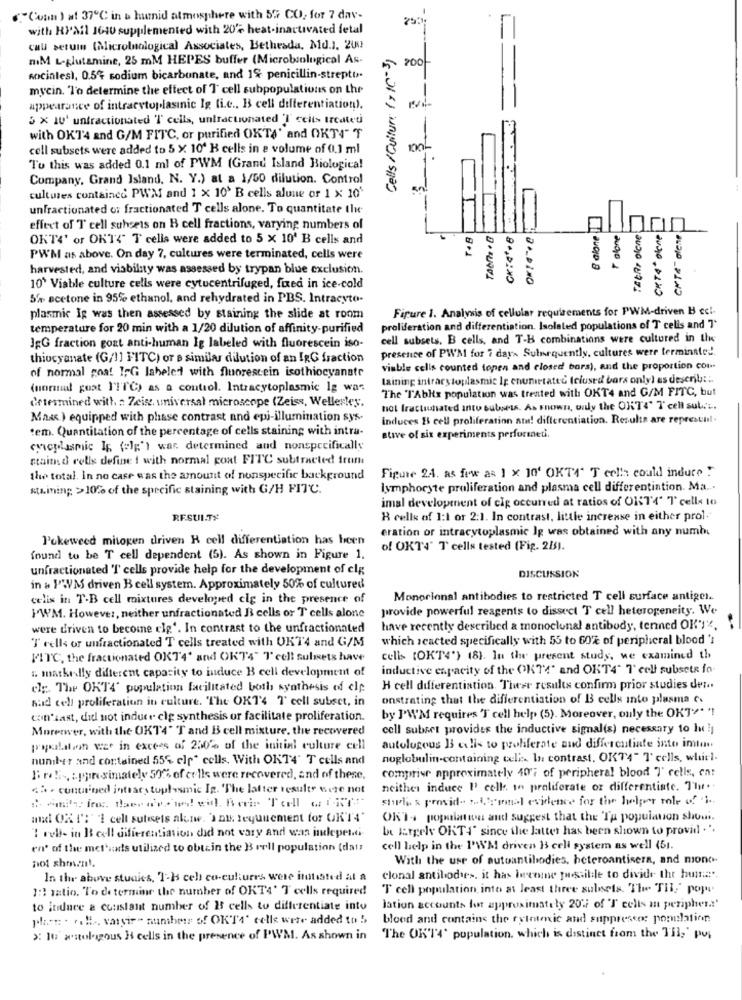
"Conn ) at 37℃ in b humid atmosphere with 59 CO, for 7 dav-
253
with RI'ail 1640 supplemented with 20's heat-inactivated fetal
cali serum (Microlnological Associates, Bethesda, Md.1. 200
Cells/ Culture ( > 10-3)
miM L-glutamine, 25 mM HEPES buffer (Microbiological As-
200
sociales), 0.5% sodium bicarbonate, and 1% penicillin-streptt>.
mycin. 'I'o determine the effect of T' cell subpopulations on the
appearance of intracytoplasinic Ig (i.e ., I cell differentiation).
5 x 10' unfractionated T cells, untractionated 'I' ceits treated
3.
with OKT'4 and G/M FITC, or purified OKTA' and OKT4" T
cell subsets were added to 5 X 10' B cells in a volume of 0.1 ml
To this was added 0.1 ml of PWM (Grand Island Biologica!
Company, Grand Island, N. Y.) at a 1/50 dilution. Control
cultures contained PWM and 1 x 10' B cells alune or 1 x 10'
unfractionated or fractionated T cells alone. To quantitate the
effect of T cell subsets on B cell fractions, varying numbers of
T+B
F alone
CHTA' ofere
OKT4' or OKT4" T cells were added to 5 x 10' B cells and
PW'M as above. On day 7, cultures were terminated, cells were
harvested, and viability was assessed by trypan blue exclusion.
8º,0:00
10` Viable culture cells were cytucentrifuged, fixed in ice-cold
5% acetone in 95% ethanol, and rehydrated in PBS. Intracyto-
Figure 1. Analysis of cellular requirements for PWM-driven B cc !-
plasmic Ig was then assessed by staining the slide at room
temperature for 20 min with a 1/20 dilution of affinity-purified
proliferation and differentiation. Isolated populations of T cells and 7'
cell subsets. B cells, and T-B combinations were cultured in the
JEG fraction gost anti-human Ig labeled with fluorescein iso-
presence of PWM for i days Sulnrquently, cultures were terminated'.
thiocyanate (G/I] FITC) or a similar dilution of an IgG fraction
viable cells counted topen and closed bors), and the proportion cot ..
of normal poa! I, G labeled with fluorescein isothiocyanate
taining intracytoplasmic Ip enumeratec (closed bars only) as describ: ..
(normal gust I'TTC) as a control. Intracytoplasmic lg was
The TAblis population was treated with OKT4 and G/M FITC, but
detesmined with : Zeis. universal microscope (Zeiss, Wellesley.
not fractionated into subsets. As snown, only the OKT4" T cell subst.
Max ) equipped with phase contrast and epi-illumination sys.
induces B cell proliferation at! differentiation. Results are represtinil.
tem. Quantitation of the percentage of cells staining with intra-
stive of six experiments performedi.
cycplasmic If (elg') war determined and nonspecifically
staind cells define ! with normal goat FITC subtracted from
the total. In ne case was the amount of nonspecific background
Figure 24. as few as 1 x 10' OKT4" T celia could indure :
staining; >10% of the specific staining with G/H FITC.
lymphocyte proliferation and plasma cell differentiation. Ma ...
imal development of cip occurred at ratios of OKT'4' T cells to
RESULTS
B cells of 1:1 or 2:1. In contrast, little increase in either prol."
eration or intracytoplasmic Ig was obtained with any numb
l'ckeweed mitogen driven H cell differentiation has been
of OKT4" T cells tested (Fig. 216).
found to be T cell dependent (5). As shown in Figure 1.
unfractionated 'T cells provide help for the development of clg
DISCUSSION
in & PWVM driven B cell system. Approximately 50% of cultured
celis in T-B cell mixtures developed clg in the presence of
Monorional antibodies to restricted T cell surface antigen.
provide powerful reagents to dissect T cell heterogeneity. We
IWM. However, neither unfractionated B cells or T cells alone
were driven to become elg'. In contrast to the unfractionated
have recently described a monoclonal antibody, tenned OK'S".
..
T rells or unfractionated T cells treated with UKT4 and G/M
which scacted specifically with 55 to 60% of peripheral blood 's
MITC, the fractionated OKT'4' and OKT4" T' cell subsets have
cells (OKT4") (8). In the present study. we examined th
& markedly different capacity to induce B cell development of
inductive capacity of the OKT!' and OKT4" Tcell subsete fo
el: The OKT4' population facilitated both synthesis of clp
H cell differentiation. Theer results confirm prior studies der ..
sud cell proliferation in culture. "The OKT'4 7' cell subset, in
onstrating that the differentiation of B cells into plasma C.
by P'W'M requires 'T cell help (5). Moreover, ouly the OKT'"" "!
con'zast, did not induce elg synthesis or facilitate proliferation.
Moretwer, with the OKT4" T and B cell mixture, the recovered
cell subset provides the inductive signal(s) necessary to he !!
p'isolation vze in excess of 2002% of the initial culture cell
autolugous B3 elis to proliferate and differentiate into imto
nuniker and contained 55% elf" cells. With OKT4' T cells and
noglobulin-containing celi. In contrast. OKT4" T cells, whirl.
1: rol, approximately 50% of cells were recovered, and of these.
comprise approximately 40'7 of peripheral blood 7' cells, en:
43 . contained intracytoplasmic Ig. The latter results were not
neither induce I' cell. 1 proliferate or differentiate. T'hut ..
chilis provide -bernal evidence for the helper role of 1.
and OXI:" I cell sutisets akwwe. 'Yolk leyunement for OKT4'
OKT. population and suggest that the Tu population shoui.
be largely OKT4' since the latter has been shown to provid . ".
I rel- in B cell differentiation did not vary and wn independi
en' of the met'sits utilized to obtain the Brell population (dats
cell help in the I'W'M driven 13 cell system as well (51.
With the use of autoantibodies. heteroantisera, and mono-
not shonen !.
In the above studies, T-Is cell co-cultures were itotiated at a
clonal antibodies. it has become fossilile to divide the hunt ..
1:1 ratio. To determine the number of OKT4' T cells required
T cell population into at least three sulesets. The Til," pope
to induce a constant number of I5 cells to differentiate into
lation accounts for approximately 2027 of T cells m peripher .: '
pues . r.l ., varsir- number of OKT4' cells were added to 5
bloed and contains the rytmexic and suppressor population
>: 10 aestolagous 3 cells in the presence of PWM. As shown in
The OK'T'4' population, which is distinct from the Til," pu;